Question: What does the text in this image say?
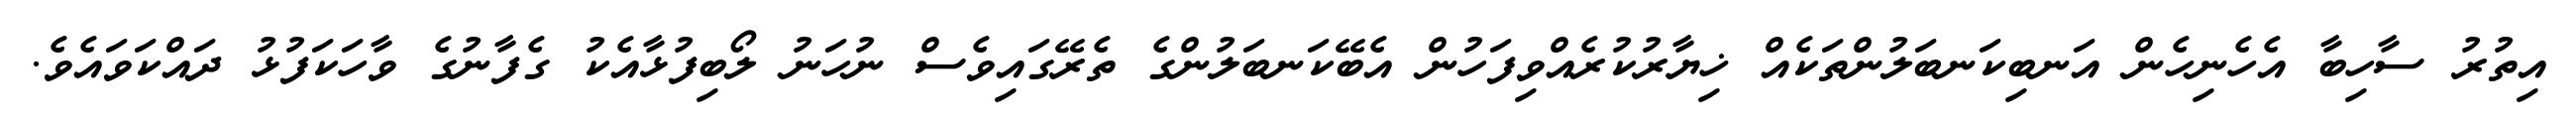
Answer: އިތުރު ސާހިބާ އެހެނިހެން އަނބިކަނބަލުންތަކެއް ޚިޔާރުކުރެއްވިފަހުން އެބޭކަނބަލުންގެ ތެރޭގައިވެސް ނުހަނު ލޯބިފުޅާއެކު ގެފާނުގެ ވާހަކަފުޅު ދައްކަވައެވެ.